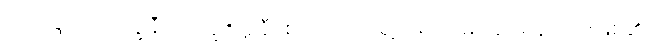
တုသဒ္ဒါက ဘိက္ခုနီ (ဘိက္ခု+ဣနီ) စသည်၌ ရှေ့သရကို မချေဖို့ရန် တားမြစ်၏၊